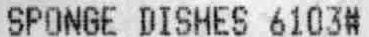
SPONGE DISHES 6103#